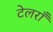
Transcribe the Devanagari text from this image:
टेलराँ